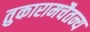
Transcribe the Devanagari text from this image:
तुकारामचैतन्य